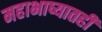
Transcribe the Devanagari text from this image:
महाभाष्यातही